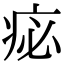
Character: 𤵘